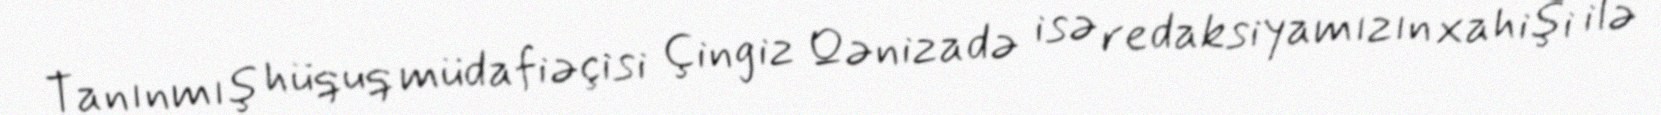
Tanınmış hüquq müdafiəçisi Çingiz Qənizadə isə redaksiyamızın xahişi ilə